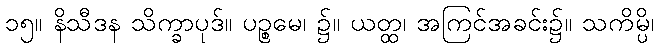
၁၅။ နိသီဒန သိက္ခာပုဒ်။ ပဉ္စမေ၊ ၌။ ယတ္ထ၊ အကြင်အခင်း၌။ သကိမ္ပိ၊